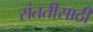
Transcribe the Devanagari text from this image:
संततीसाठी